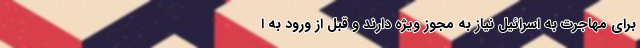
برای مهاجرت به اسرائیل نیاز به مجوز ویژه دارند و قبل از ورود به ا